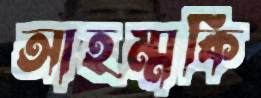
আহম্মকি